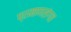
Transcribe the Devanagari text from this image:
प्रमाणसंगत